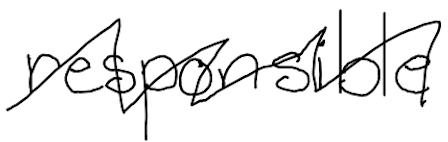
Text: responsible
Cross-out: zig-zag
Writing tool: digital_black